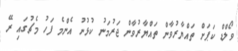
ވޯލްޑް ކަޕަށް ތައްޔާރުވާން ތައްޔާރުވާން ޖަރުމަނު ކުޅުނު އެންމެ ފަހު މެޗުގައި ރޭ